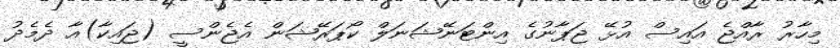
މިހާރު ރާއްޖެ އައިސް އުޅޭ ޖަޕާނުގެ އިންޓަނޭޝަނަލް ކޯޕަރޭޝަން އެޖެންސީ (ޖައިކާ)އާ ދެމެދު